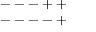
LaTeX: \begin{array} { c } { { --- + + } } \\ { { --- - + } } \end{array}